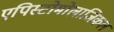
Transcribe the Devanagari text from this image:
एपिस्टोमोलाजिकल